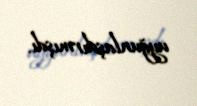
uyğunlaşdırmışdı.